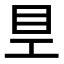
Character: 𥃿